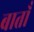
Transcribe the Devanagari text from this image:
बाताँ